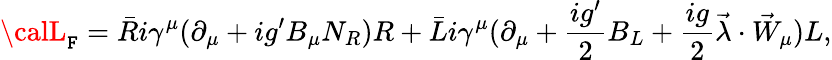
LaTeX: {\calL}_{\mathtt{F}}=\bar{{R}}i\gamma^{\mu}(\partial_{\mu}+ig^{\prime}B_{\mu}N_{R})R+\bar{{L}}i\gamma^{\mu}(\partial_{\mu}+\frac{{ig^{\prime}}}{{2}}B_{L}+\frac{{ig}}{{2}}\vec{{\lambda}}\cdot\vec{{W}}_{\mu})L,